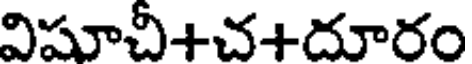
విషూచీ+చ+దూరం